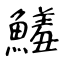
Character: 鱃